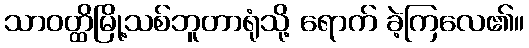
သာဝတ္ထိမြို့သစ်ဘူတာရုံသို့ ရောက် ခဲ့ကြလေ၏။